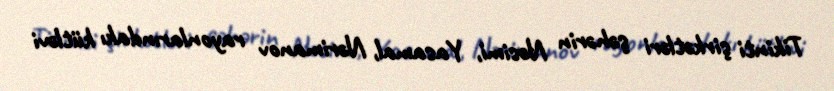
Tikinti şirkətləri şəhərin Nəsimi, Yasamal, Nərimanov rayonlarındakı kütləvi